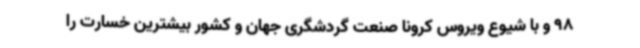
98 و با شیوع ویروس کرونا صنعت گردشگری جهان و کشور بیشترین خسارت را